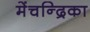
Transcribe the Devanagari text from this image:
मेंचन्द्रिका